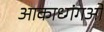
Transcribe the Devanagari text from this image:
आकाध्गंगओं